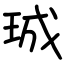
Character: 珹